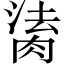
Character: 𦝎